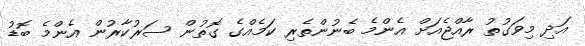
އަދި މިވަގުތު ރާއްޖެއަށް އެންމެ ބެނުންތެރި ކަމެއްގެ ގޮތުން ސަރުކާރުން އެންމެ ބޮޑު